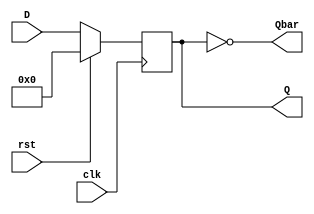


module DFlipFlop  #(parameter M=18) (clk,rst, D, Q, Qbar);

input clk,rst; 
input [M-1:0]D; // input to the D FlipFlop
output reg[M-1:0] Q;
output [M-1:0]Qbar; 


always@(posedge clk)
begin
if(rst==1)
Q=0;
else 
Q = D; // Assigning Q value to D
 

end
assign Qbar = ~Q; 

endmodule


/*

module DFlipFlop  #(parameter M=18) (clk,rst, D, Q, Qbar);

input clk,rst; 
input [M-1:0]D; // input to the D FlipFlop
output reg[M-1:0] Q;
output [M-1:0]Qbar; 
reg [M-1:0]data

always@(posedge clk)
begin
if(rst==1)
Q<=0;
else 
data<= D;
Q<=data;                 // Assigning Q value to D 
end


assign Qbar = ~Q; 

endmodule

*/